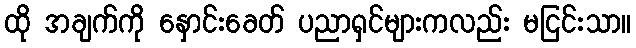
ထို အချက်ကို နှောင်းခေတ် ပညာရှင်များကလည်း မငြင်းသာ။